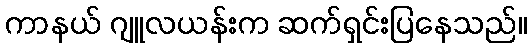
ကာနယ် ဂျူလယန်းက ဆက်ရှင်းပြနေသည်။